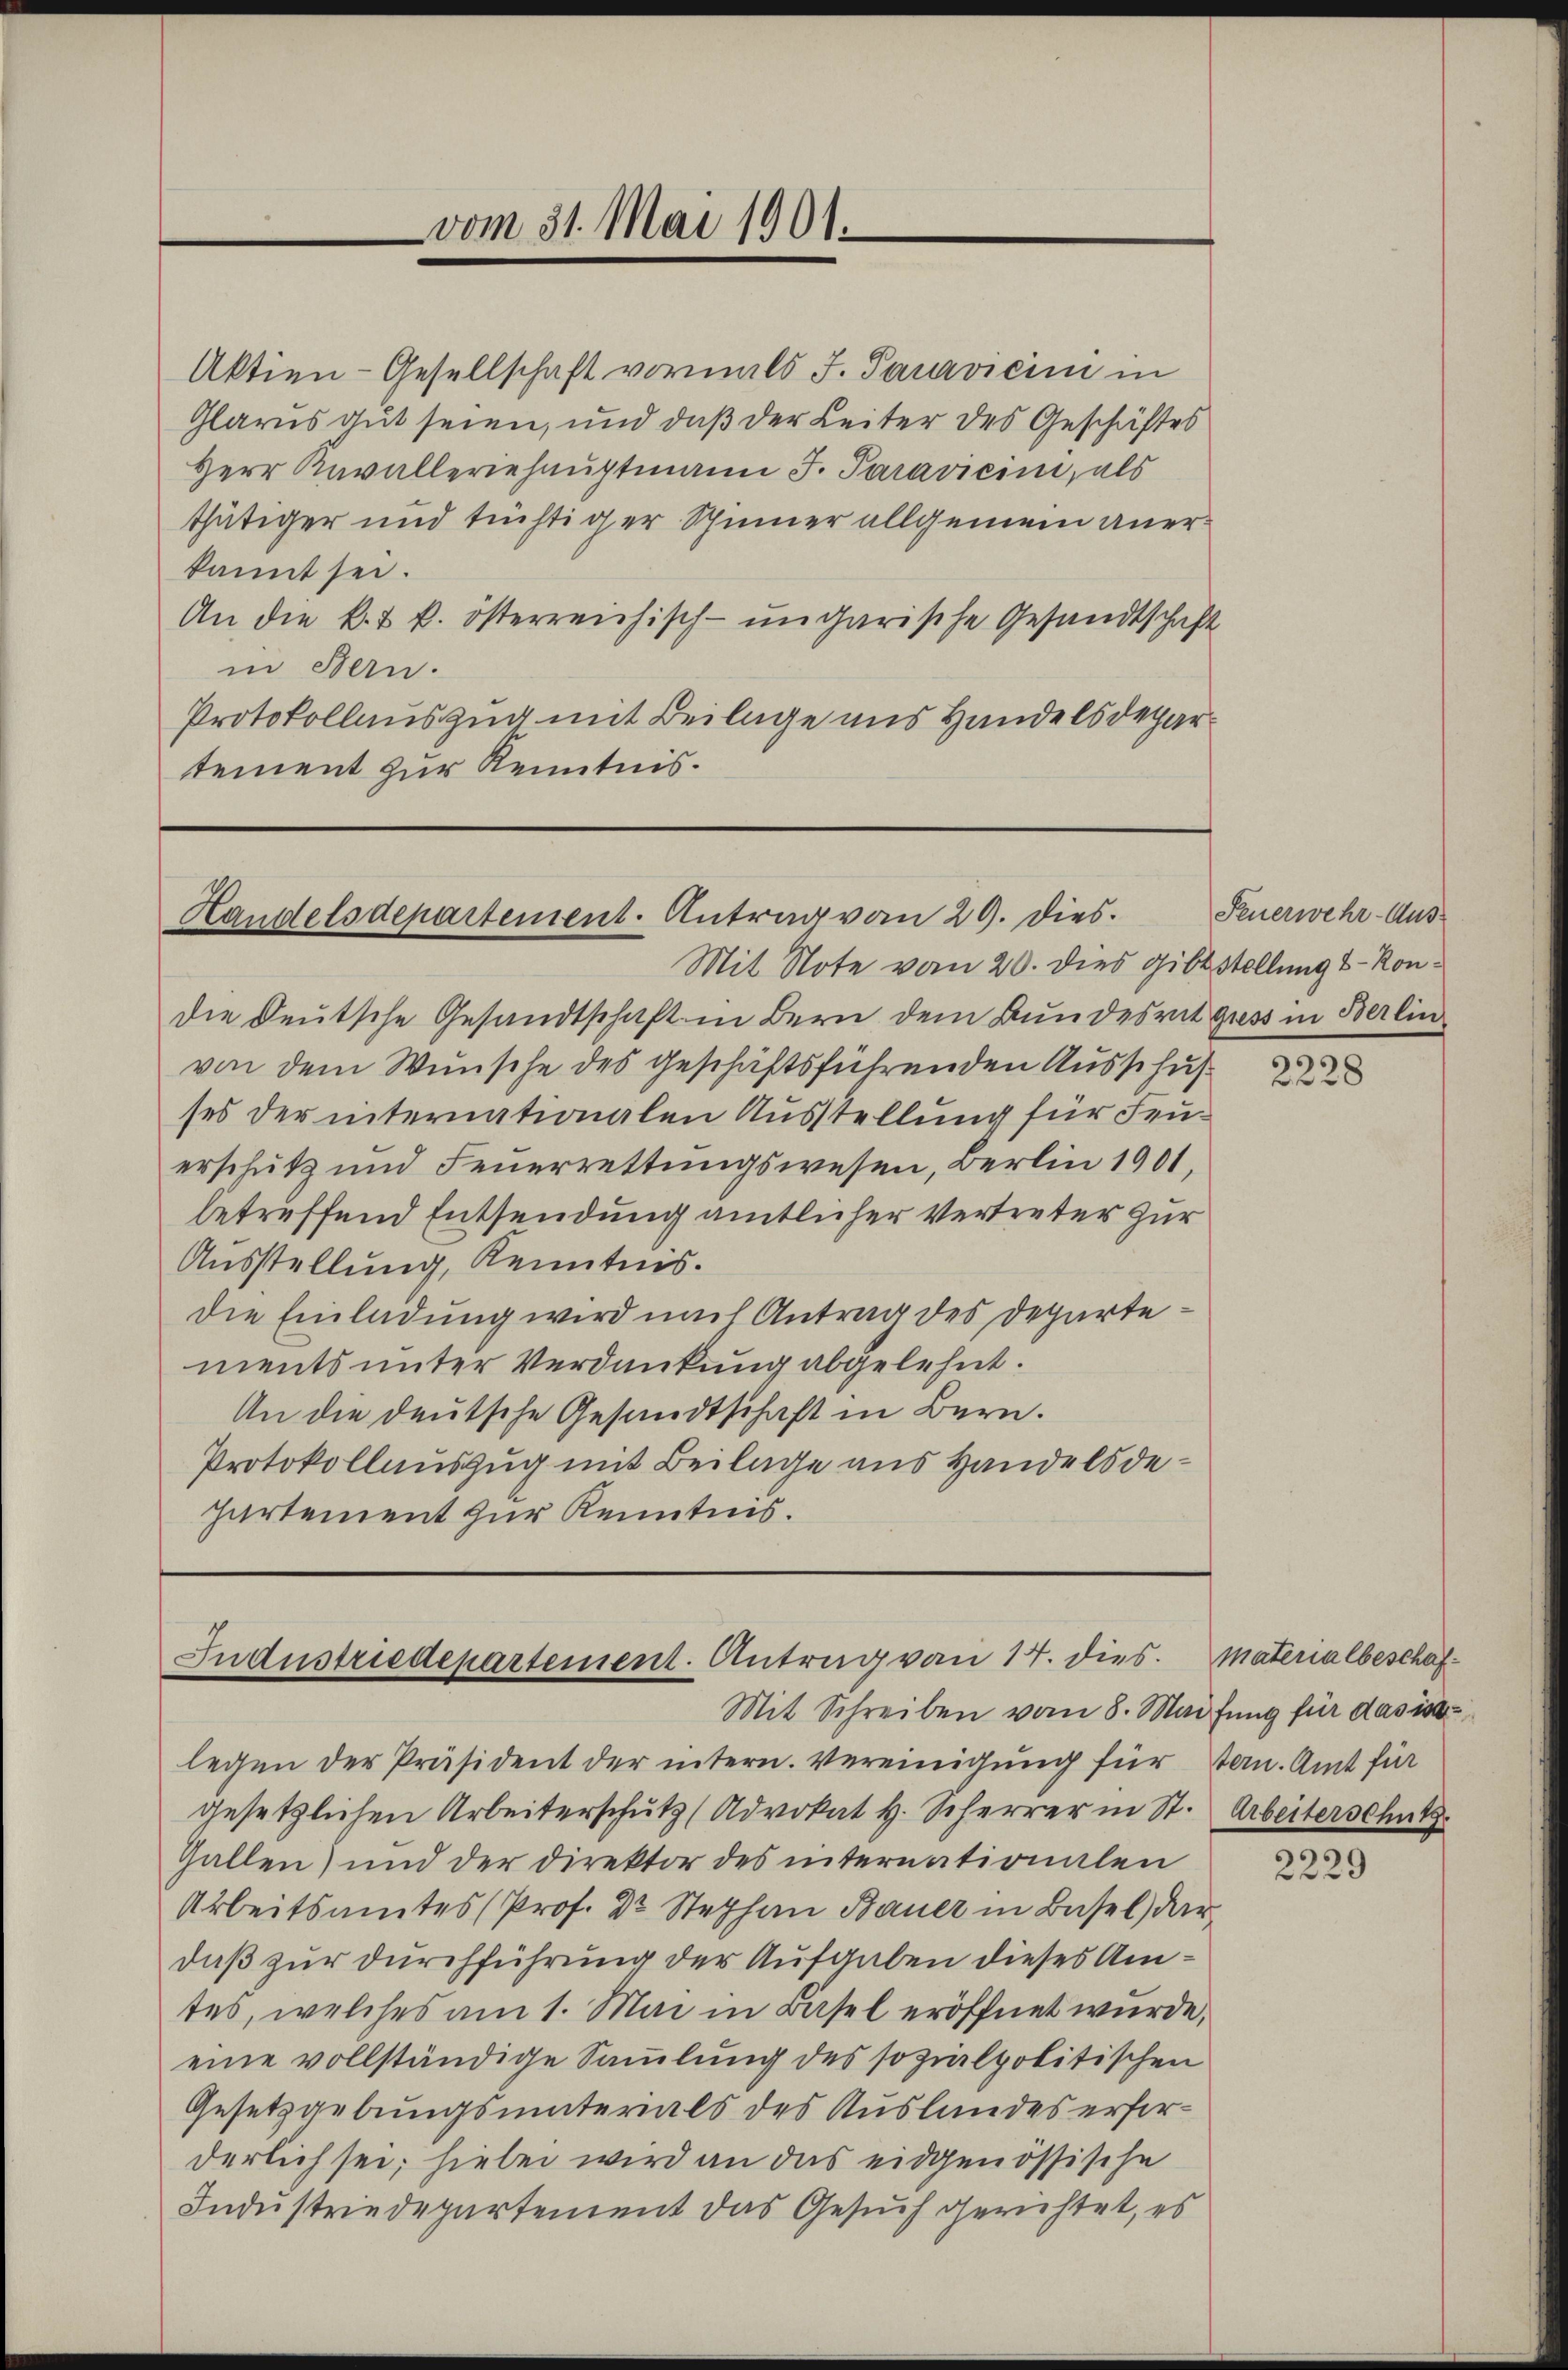
vom 31. Mai 1901.

Aktien-Gesellschaft vormals J. Paravicini in
Glarus gut seien, und daß der Leiter des Geschäftes
Herr Kavalleriehaŭptmann J. Paravicini, als
thütiger und tüchtiger Spinner allgemein anerkannt sei.
An die k. k. österreichisch-ungarische Gesandtschaft
in Bern.
Protokollauszug mit Beilage uns Handelsdepartement zur Kenntnis.

Mit Note vom 20. dies gibtstellungs-Kondie Deutsche Gesandtschaft in Bern dem Bundesrat gress in Berlin
von dem Wunsche des geschäftsführenden Ausschus
ses der internationalen Ausstellung für Feuerschutz und Feuerrettungswesen, Berlin 1901,
betreffend Entsendung amtlicher Vertreter zur
Ausstellung, Kenntnis.
die Einladung wird nach Antrag des Departements unter Verdankung abgelehnt.
An die deutsche Gesandtschaft in Bern.
Protokollauszug mit Beilage aus Handelsdehartement zur Kenntnis.

Handelsdepartement. Antrag vom 29. Dies

Industriedepartement. Antrag von 14. dies.
Mit Schreiben vom 8. Maifung für das ist

legen der Präsident der intern. Vereinigung für Bern. Amt für
gesetzlichen Arbeiterschŭtz (Advokat H. Scherrer in St. Arbeiterschutz
Gallen) und der Direktor des internationalen
Arbeitsamtes (Prof. Dr Stephan Bauer in Basel, dar
daß zur durchführung der Aufgaben dieses Amtes, welches am 1. Mai in Basel eröffnet wurde,
eine vollständige Sammlung des sozialpolitischen
Gesetzgebungsmaterials des Auslandes erforderlich sei; hiebei wird an das eidgenössische
Industriedepartement das Gesuch gerichtet, es

Feuerwehr-Aus¬

2228

Materialbeschaf¬

2229